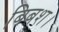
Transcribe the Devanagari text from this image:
बिबश।